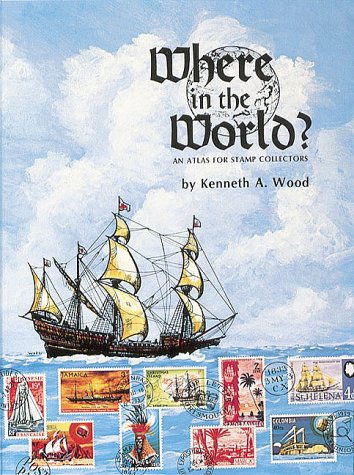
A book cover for Where in the World ? An Atlas for Stamp Collectors; Kenneth A. Wood; Crafts, Hobbies & Home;